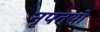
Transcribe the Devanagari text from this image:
नृपतयो